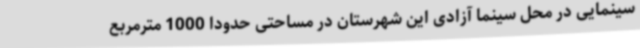
سینمایی در محل سینما آزادی این شهرستان در مساحتی حدوداً 1000 مترمربع